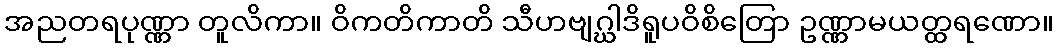
အညတရပုဏ္ဏာ တူလိကာ။ ဝိကတိကာတိ သီဟဗျဂ္ဃါဒိရူပဝိစိတြော ဥဏ္ဏာမယတ္ထရဏော။